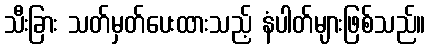
သီးခြား သတ်မှတ်ပေးထားသည့် နံပါတ်များဖြစ်သည်။